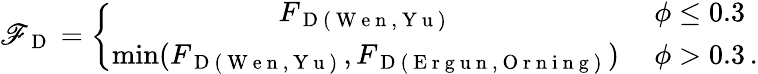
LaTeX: {\mathscr{F}_{\mathrm{{~D~}}}}=\left\{ \begin{array}{cl}{{F_{\mathrm{~D~(~W~e~n~,~Y~u~)~}}}}&{\ \phi\leq 0.3}\\ {\operatorname*{min}({F_{\mathrm{~D~(~W~e~n~,~Y~u~)~}}},{F_{\mathrm{~D~(~E~r~g~u~n~,~O~r~n~i~n~g~)~}}})}&{\ \phi>0.3\, .}\end{array}\right.